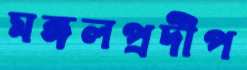
মঙ্গলপ্রদীপ